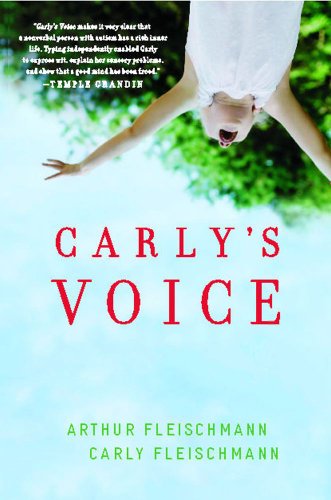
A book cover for Carly's Voice: Breaking Through Autism; Arthur Fleischmann; Parenting & Relationships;